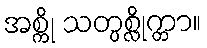
အစ္ကို သတ္ပစ္လိုက္တာ။